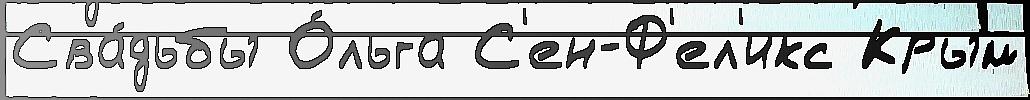
Сва́дьбы О́льга С'ен-Ф'ел'икс Крым